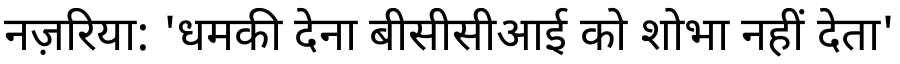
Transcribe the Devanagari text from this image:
नज़रिया: 'धमकी देना बीसीसीआई को शोभा नहीं देता'